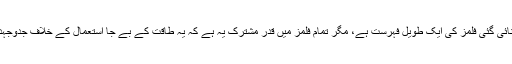
فورمان کی بنائی گئی فلمز کی ایک طویل فہرست ہے، مگر تمام فلمز میں قدرِ مشترک یہ ہے کہ یہ طاقت کے بے جا استعمال کے خلاف جدوجہد پر مبنی ہیں۔